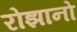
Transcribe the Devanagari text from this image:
रोझानो